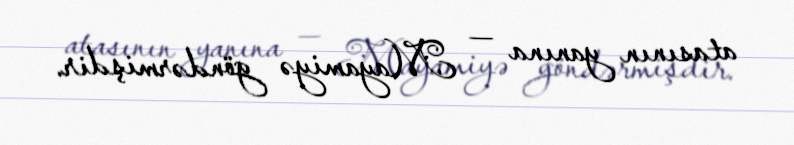
atasının yanına — Mayamiyə göndərmişdir.